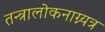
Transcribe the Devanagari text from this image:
तन्त्रालोकनाग्न्यत्र